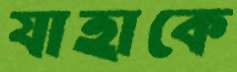
যাহাকে